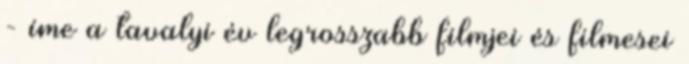
- íme a tavalyi év legrosszabb filmjei és filmesei